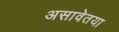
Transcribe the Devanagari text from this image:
असावेतया